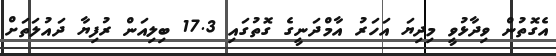
އެގޮތުން ވިދާޅުވީ މިދިޔަ އަހަރު އާމްދަނީގެ ގޮތުގައި 17.3 ބިލިއަން ރުފިޔާ ދައުލަތަށް